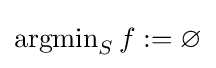
\operatorname {argmin} _{S}f:=\varnothing